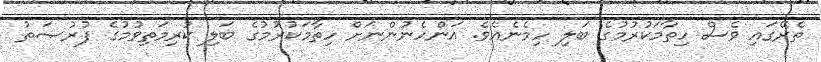
ތެރޭގައި ވެސް ހިތާމަކުރުމުގެ ބަލި ހިމެނެއެވެ. އަންހެނުންނަށް ހިތާމަކުރުމުގެ ބަލި ކުރިމަތިވުމުގެ ފުރުޞަތު